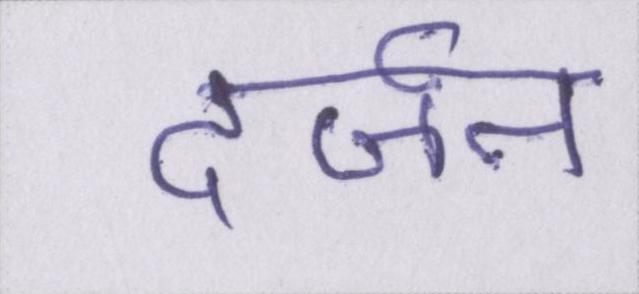
दर्ज़न